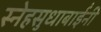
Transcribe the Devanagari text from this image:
स्नेहसुधाबाईंनी